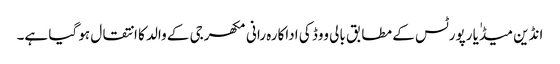
انڈین میڈٰیا رپورٹس کے مطابق بالی ووڈ کی اداکارہ رانی مکھرجی کے والد کا انتقال ہو گیا ہے۔